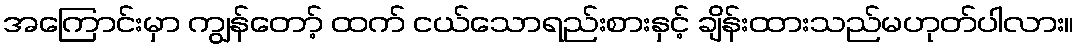
အကြောင်းမှာ ကျွန်တော့် ထက် ငယ်သောရည်းစားနှင့် ချိန်းထားသည်မဟုတ်ပါလား။